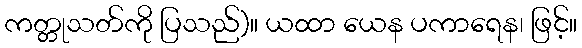
ကတ္တုသတ်ကို ပြသည်)။ ယထာ ယေန ပကာရေန၊ ဖြင့်။